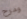
ومرح